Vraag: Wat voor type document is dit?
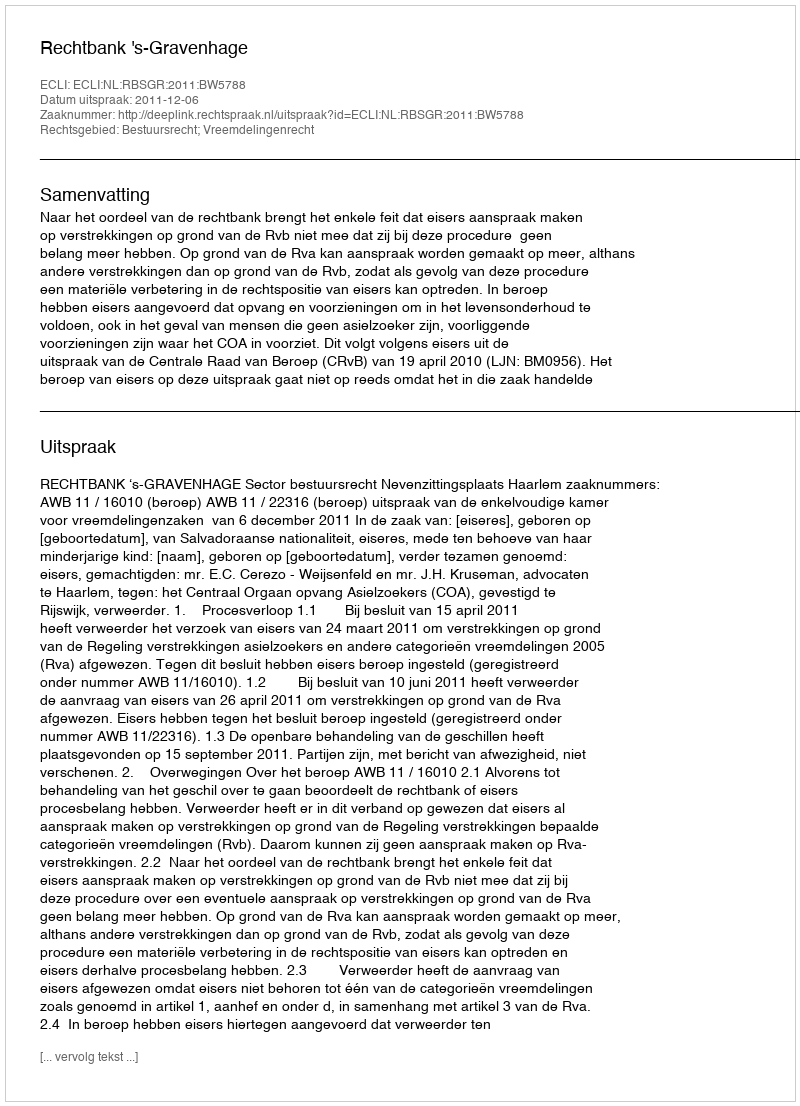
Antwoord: Uitspraak